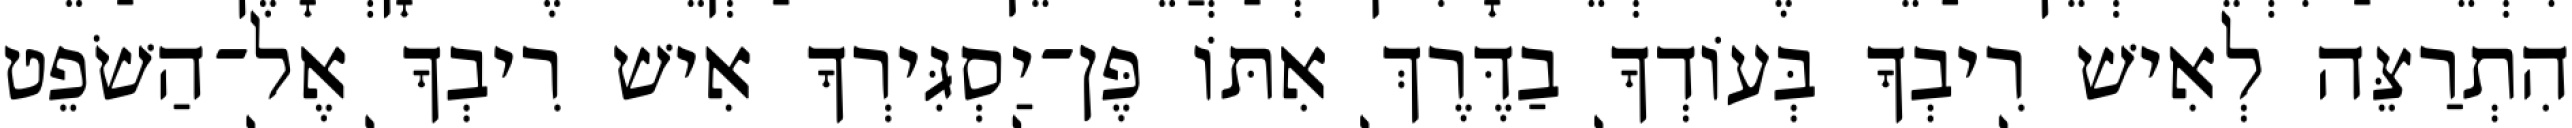
הִתְרַצֵּה לְאִישׁ רִיבְךָ בְּעוֹדְךָ בַדֶּרֶךְ אִתּוֹ פֶּן־יַסְגִּירְךָ אִישׁ רִיבְךָ אֶל־הַשֹׁפֵט